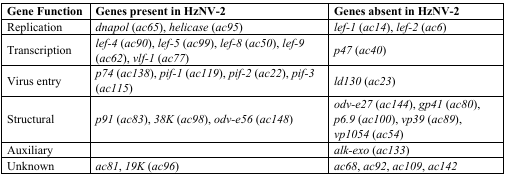
<table><thead><tr><td><b>Gene Function</b></td><td><b>Genes present in HzNV-2</b></td><td><b>Genes absent in HzNV-2</b></td></tr></thead><tbody><tr><td>Replication</td><td><i>dnapol</i> (<i>ac65</i>), <i>helicase</i> (<i>ac95</i>)</td><td><i>lef-1</i> (<i>ac14</i>), <i>lef-2</i> (<i>ac6</i>)</td></tr><tr><td>Transcription</td><td><i>lef-4</i> (<i>ac90</i>), <i>lef-5</i> (<i>ac99</i>), <i> lef-8</i> (<i>ac50</i>), <i>lef-9</i> (<i>ac62</i>), <i> vlf-1</i> (<i>ac77</i>)</td><td><i>p47</i> (<i>ac40</i>)</td></tr><tr><td>Virus entry</td><td><i>p74</i> (<i>ac138</i>), <i>pif-1</i> (<i>ac119</i>), <i>pif-2</i> (<i>ac22</i>), <i>pif-3</i> (<i>ac115</i>)</td><td><i>ld130</i> (<i>ac23</i>)</td></tr><tr><td>Structural</td><td><i>p91</i> (<i>ac83</i>), <i>38K</i> (<i>ac98</i>), <i> odv-e56</i> (<i>ac148</i>)</td><td><i>odv-e27</i> (<i>ac144</i>), <i>gp41</i> (<i>ac80</i>), <i> p6.9</i> (<i>ac100</i>), <i>vp39</i> (<i>ac89</i>), <i> vp1054</i> (<i>ac54</i>)</td></tr><tr><td>Auxiliary</td><td></td><td><i>alk-exo</i> (<i>ac133</i>)</td></tr><tr><td>Unknown</td><td><i>ac81</i>, <i>19K</i> (<i>ac96</i>)</td><td><i>ac68</i>, <i>ac92</i>, <i>ac109</i>, <i>ac142</i></td></tr></tbody></table>